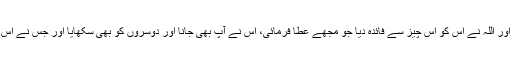
(جیسے چکنی چٹان کہ پانی لگا اور چل دیا) تو یہ اس کی مثال ہے کہ جس نے اللہ کے دین کو سمجھا اور اللہ نے اس کو اس چیز سے فائدہ دیا جو مجھے عطا فرمائی، اس نے آپ بھی جانا اور دوسروں کو بھی سکھایا اور جس نے اس طرف سر نہ اٹھایا (یعنی توجہ نہ کی) اور اللہ کی ہدایت کو جس کو میں دے کر بھیجا گیا قبول نہ کیا۔